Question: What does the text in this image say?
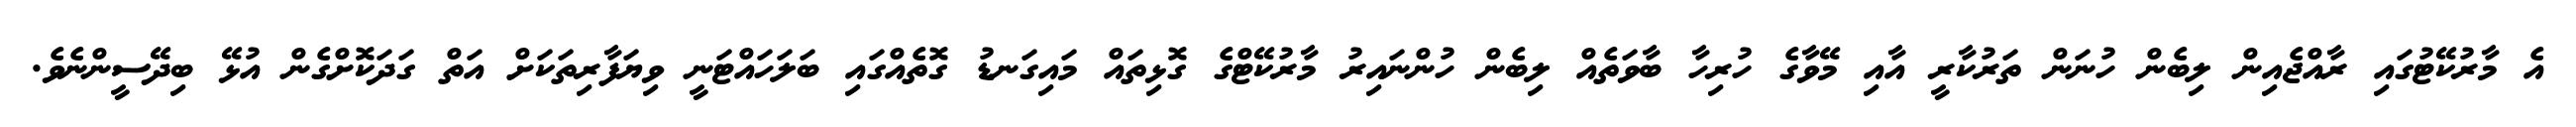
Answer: އެ މާރުކޭޓުގައި ރާއްޖެއިން ލިބެން ހުނަން ތަރުކާރީ އާއި މޭވާގެ ހުރިހާ ބާވަތެއް ލިބެން ހުންނައިރު މާރުކޭޓްގެ ގޮޅިތައް މައިގަނޑު ގޮތެއްގައި ބަލަހައްޓަނީ ވިޔަފާރިތަކަށް އަތް ގަދަކޮށްގެން އުޅޭ ބިދޭސީންނެވެ.